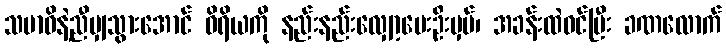
သမာဓိနဲ့ညီမျှသွားအောင် ဝိရိယကို နည်းနည်းလျှော့ပေးဦးမှပ်၊ အခန်းထဲဝင်ပြီး ခဏလောက်